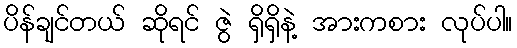
ပိန်ချင်တယ် ဆိုရင် ဇွဲ ရှိရှိနဲ့ အားကစား လုပ်ပါ။